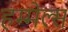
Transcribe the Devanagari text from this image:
हम्मेल्स